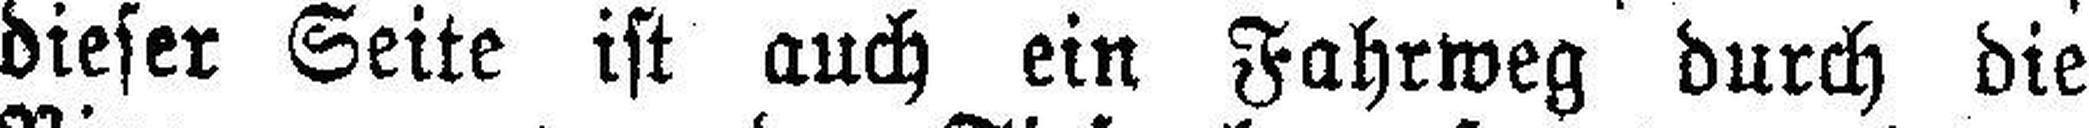
dieser Seite ist auch ein Fahrweg durch die